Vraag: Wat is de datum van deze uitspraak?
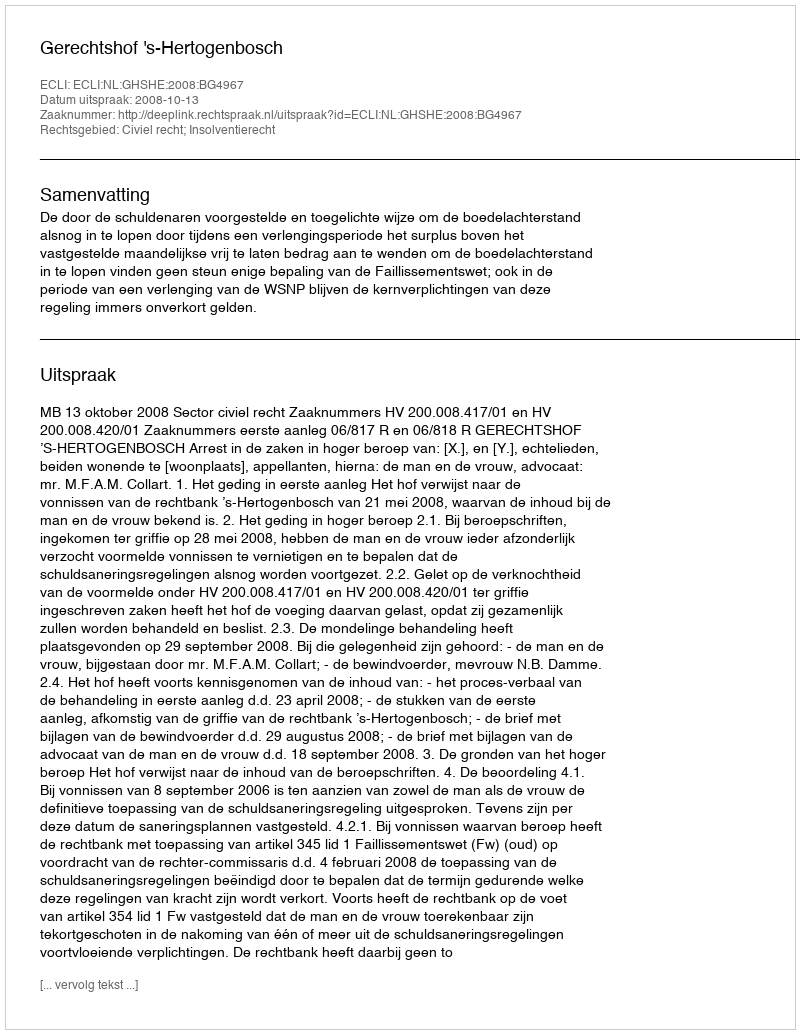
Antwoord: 2008-10-13